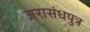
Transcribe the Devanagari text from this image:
जरासंधपुत्र